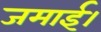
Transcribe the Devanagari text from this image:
जमाई।